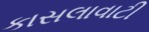
કાસલાવાટી